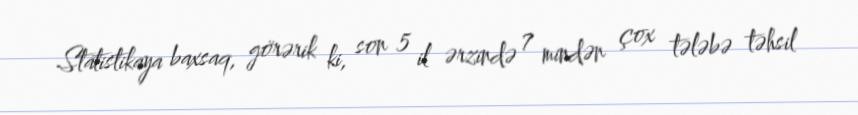
Statistikaya baxsaq, görərik ki, son 5 il ərzində 7 mindən çox tələbə təhsil